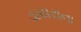
ડાયરાના